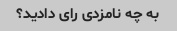
به چه نامزدی رای دادید؟